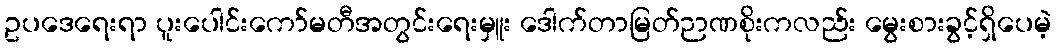
ဥပဒေရေးရာ ပူးပေါင်းကော်မတီအတွင်းရေးမှူး ဒေါက်တာမြတ်ဉာဏစိုးကလည်း မွေးစားခွင့်ရှိပေမဲ့